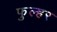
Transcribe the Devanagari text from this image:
फुल्हर